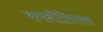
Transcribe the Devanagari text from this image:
रणनीतिपरक